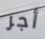
أجر